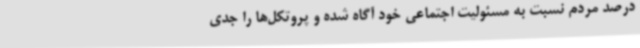
درصد مردم نسبت به مسئولیت اجتماعی خود آگاه شده و پروتکل‌ها را جدی